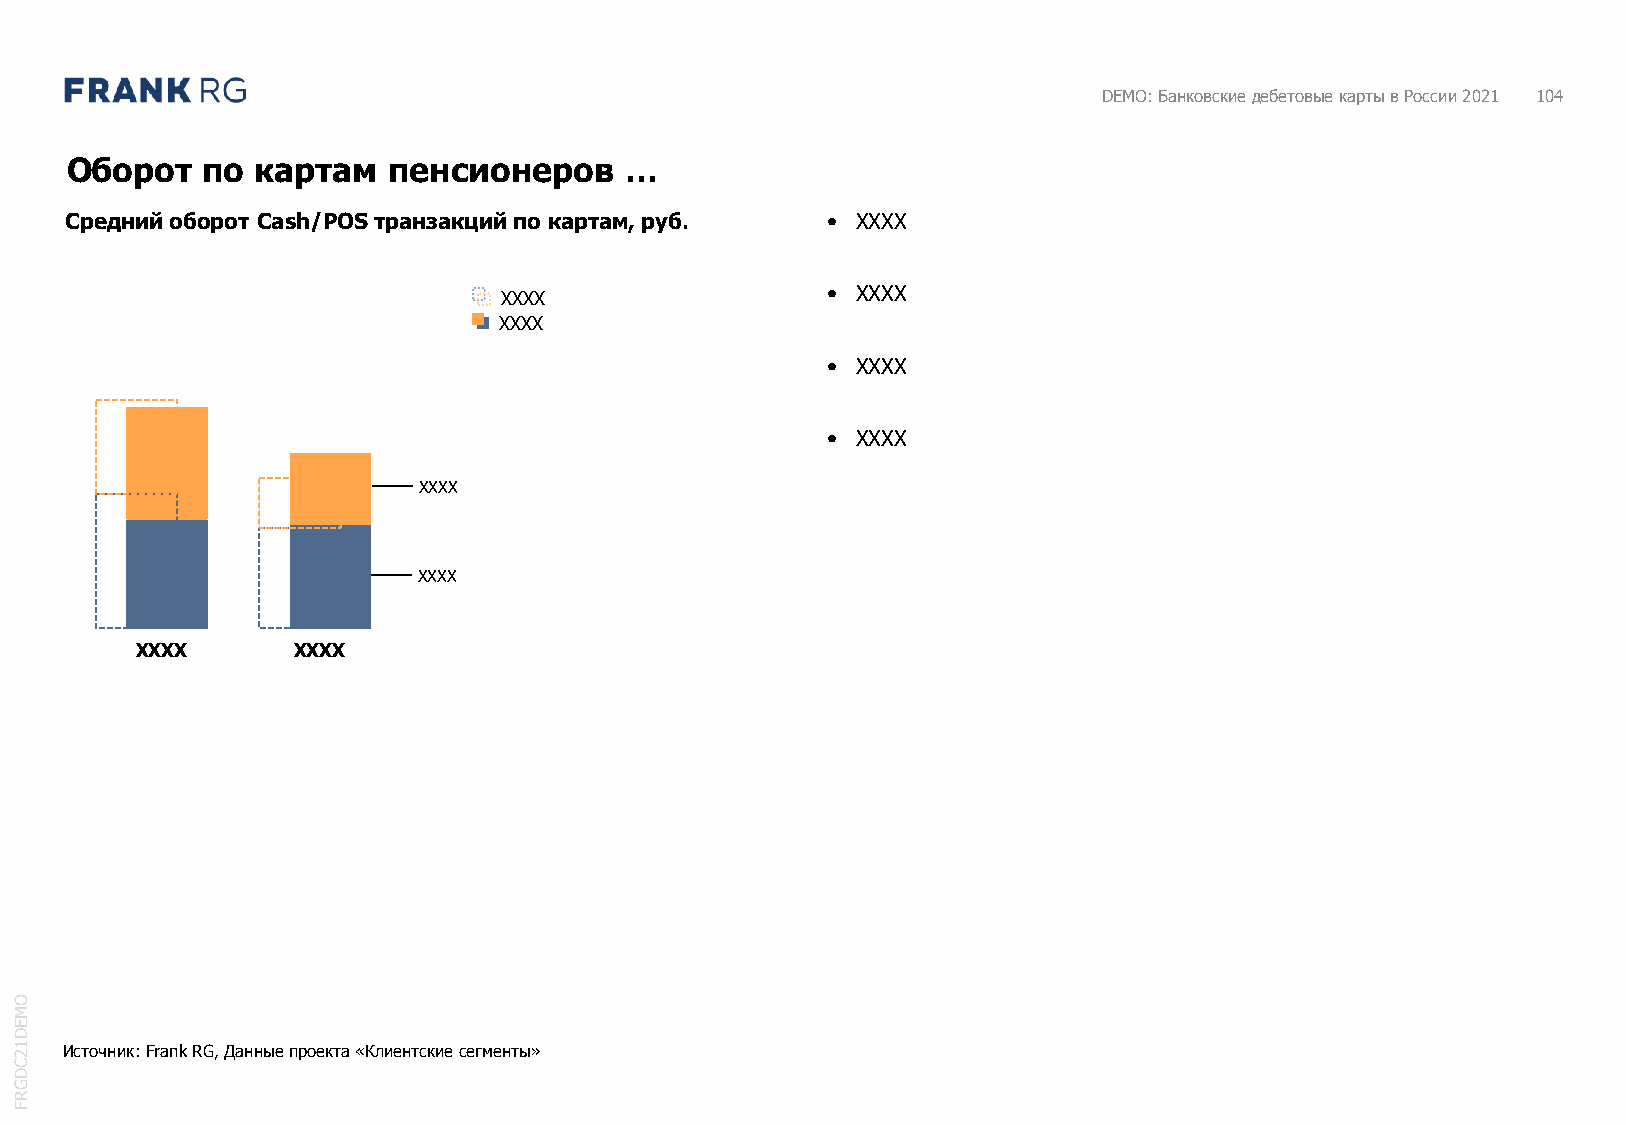
DEMO: Банковские дебетовые карты в России 2021 104
 Оборот   по  картам   пенсионеров    …
 Средний оборот Cash/POS транзакций по картам, руб. • XXXX
 XXXX                  • XXXX
 XXXX
 • XXXX
 • XXXX
 XXXX
 XXXX
 XXXX      XXXX
 O
 M
 E
 D
 1 2 Источник: Frank RG, Данные проекта «Клиентские сегменты»
 C
 D
 G
 R
 F